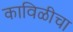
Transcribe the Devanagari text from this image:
काविळीचा